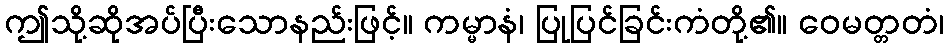
ဤသို့ဆိုအပ်ပြီးသောနည်းဖြင့်။ ကမ္မာနံ၊ ပြုပြင်ခြင်းကံတို့၏။ ဝေမတ္တတံ၊